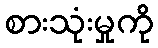
စားသုံးမှုကို